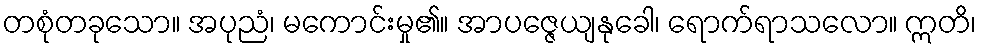
တစုံတခုသော။ အပုညံ၊ မကောင်းမှု၏။ အာပဇ္ဇေယျနုခေါ၊ ရောက်ရာသလော။ ဣတိ၊